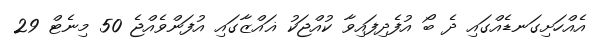
އެއްހަށިގަނޑެއްގައި ދެ ބޯ އުފެދިފައިވާ ކުއްޖަކު ޣައްޒާގައި އުފަންވެއްޖެ 50 މިނެޓް 29